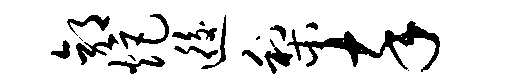
郭炬逅梨卒